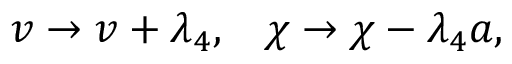
v \rightarrow v + \lambda _ { 4 } , \; \; \; \chi \rightarrow \chi - \lambda _ { 4 } a ,